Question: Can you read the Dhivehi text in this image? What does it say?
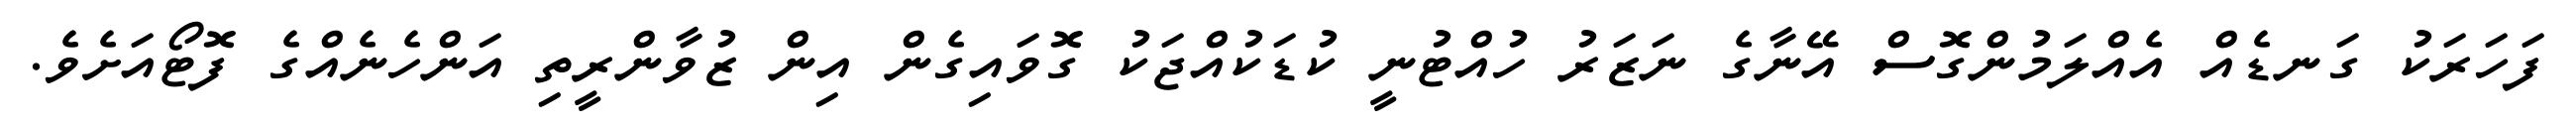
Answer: ފަހަރަކު ގަނޑެއް އެއްލަމުންގޮސް އޭނާގެ ނަޒަރު ހުއްޓުނީ ކުޑަކުއްޖަކު ގޮވައިގެން އިން ޒުވާންރީތި އަންހެނެއްގެ ފޮޓޯއަށެވެ.